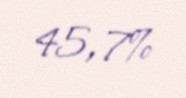
45,7%